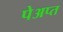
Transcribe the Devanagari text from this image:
पेअप्त